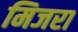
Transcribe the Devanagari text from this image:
मिजरा